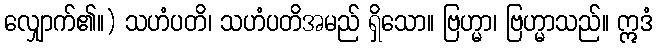
လျှောက်၏။) သဟံပတိ၊ သဟံပတိအမည် ရှိသော။ ဗြဟ္မာ၊ ဗြဟ္မာသည်။ ဣဒံ